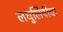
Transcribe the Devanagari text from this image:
लघुलिपीचा